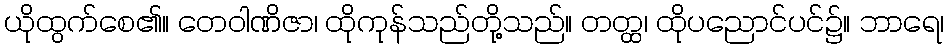
ယိုထွက်စေ၏။ တေဝါဏိဇာ၊ ထိုကုန်သည်တို့သည်။ တတ္ထ၊ ထိုပညောင်ပင်၌။ ဘာရေ၊